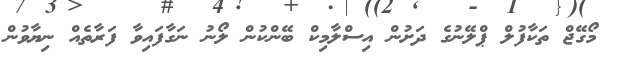
މޯގޭޖް ތަކާފުލް ޕްލޭނުގެ ދަށުން އިސްލާމިކް ބޭންކުން ލޯނު ނަގާފައިވާ ފަރާތެއް ނިޔާވުން